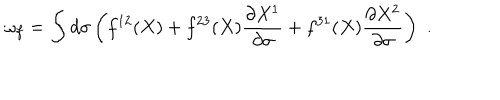
LaTeX: \omega _ { f } = \int d \sigma \left( f ^ { 1 2 } ( X ) + f ^ { 2 3 } ( X ) \frac { \partial X ^ { 1 } } { \partial \sigma } + f ^ { 3 1 } ( X ) \frac { \partial X ^ { 2 } } { \partial \sigma } \right) \, \, .